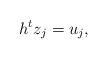
LaTeX: \begin{align*}h^tz_j=u_j,\end{align*}